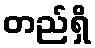
တည်ရှိ